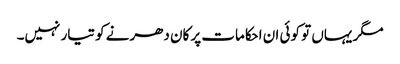
مگر یہاں تو کوئی ان احکامات پر کان دھرنے کو تیار نہیں۔